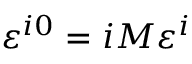
\varepsilon ^ { i 0 } = i M \varepsilon ^ { i }